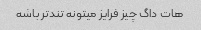
هات داگ چیز فرایز میتونه تند‌تر باشه